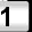
Digit: 1